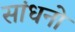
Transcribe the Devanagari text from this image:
सांधनो